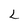
Character: L